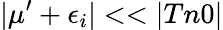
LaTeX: \lvert\mu^{\prime}+\epsilon_{i}\rvert<<\lvert Tn0\rvert